Report on vaccination in Madras 1904-1921 - 1904-1921
Year: 1904
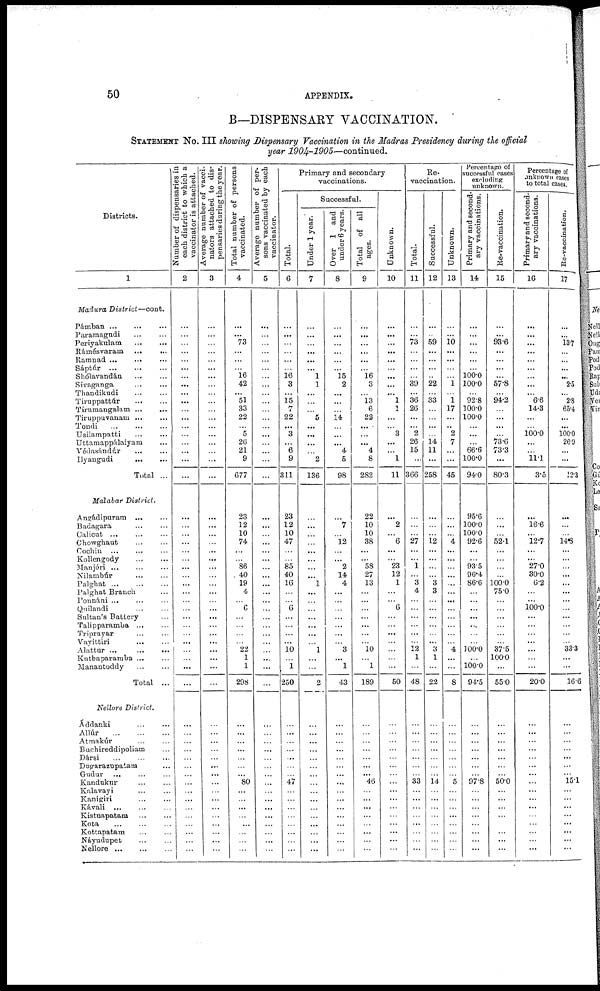
50
APPENDIX.
B—DISPENSARY VACCINATION.
STATEMENT NO. III showing Dispensary Vaccination in the Madras Presidency during the official
year 1904-1905—continued.
Districts.
1
Madura District—cont.
Pámban
...
...
...
Paramagudi ... ...
Periyakulam
...
...
Rámésvaram ... ...
Ramnad ...
... ...
Sáptúr
...
...
...
Shólavandán ... ...
Sivaganga ... ...
Thandikudi ... ...
Tiruppattúr
...
...
Tirumangalam ... ...
Tiruppuvanam ... ...
Tondi ... ... ...
Usilampatti ... ...
Uttamappálaiyam ...
Védasándúr
...
...
Hyangudi
...
...
Total ...
Malabar District.
Angádipuram
...
...
Badagara
...
...
Calicut
...
...
...
Chowghaut ... ...
Cochin ... ... ...
Kollengody
...
...
Manjéri
...
...
...
Nilambúr ... ...
Palghat
...
...
...
Palghat Branch ...
Ponnáni ... ... ...
Quilandi ... ...
Sultan's Battery ...
Talipparamba ... ...
Triprayar ... ...
Vayittiri
... ...
Alattur ...
...
...
Kuthaparamba ... ...
Manantoddy
Total ...
Nellore District.
Áddanki
...
...
Allúr
...
...
...
Atmakúr ... ...
Buchireddipoliam ...
Dársi ... ... ...
Dugarazupatam ...
Gudur ... ... ...
Kandukur
...
...
Kalavayi ... ...
Kanigiri
Kávali
...
...
...
Kistnapatam
...
...
Kota
...
...
...
Kottapatam
...
...
Náyudupet
...
...
Nellore
...
...
...
Number of dispensaries in
each district to which a
vaccinator is attached.
2
...
...
...
...
...
...
...
...
...
...
...
...
...
...
...
...
...
...
...
...
...
...
...
...
...
...
...
...
...
...
...
...
...
...
...
...
...
...
...
...
...
...
...
...
...
...
...
...
...
...
...
...
...
...
Average number of vacci-
nators attached to dis-
pensaries during the year.
3
...
...
...
...
...
...
...
...
...
...
...
...
...
...
...
...
...
...
...
...
...
...
...
...
...
...
...
...
...
...
...
...
...
...
...
...
...
...
...
...
...
...
...
...
...
...
...
...
...
...
...
...
...
...
Total number of persons
vaccinated.
4
...
...
73
...
...
...
16
42
...
51
33
22
...
5
26
21
9
677
23
12
10
74
...
...
86
40
19
4
...
6
...
...
...
...
22
1
1
298
...
...
...
...
...
...
...
80
...
...
...
...
...
...
...
...
Average number of per-
sons vaccinated by each
vaccinator.
5
...
...
...
...
...
...
...
...
...
...
...
...
...
...
...
...
...
...
...
...
...
...
...
...
...
...
...
...
...
...
...
...
...
...
...
...
...
...
...
...
...
...
...
...
...
...
...
...
...
...
...
...
...
...
Total.
6
...
...
...
...
...
...
16
3
...
15
7
22
...
3
...
6
9
311
23
12
10
47
...
...
85
40
16
...
...
6
...
...
...
...
10
1
250
...
...
...
...
...
...
...
47
...
...
...
...
...
...
...
...
Primary and secondary
vaccinations.
Successful.
Under 1 year.
7
...
...
...
...
...
...
1
1
...
...
...
5
...
...
...
...
2
136
...
...
...
...
...
...
...
...
1
...
...
...
...
...
...
...
1
...
...
2
...
...
...
...
...
...
...
...
...
...
...
...
...
...
...
...
Over 1 and
under 6 years.
8
...
...
...
...
...
...
15
2
...
...
...
14
...
...
...
4
5
98
...
7
...
12
...
...
2
14
4
...
...
...
...
...
...
...
3
...
1
43
...
...
...
...
...
...
...
...
...
...
...
...
...
...
...
...
Total of all
ages.
9
...
...
...
...
...
...
16
3
...
13
6
22
...
...
...
4
8
282
22
10
10
38
...
...
58
27
13
...
...
...
...
...
...
...
10
...
1
189
...
...
...
...
...
...
...
46
...
...
...
...
...
...
...
...
Unknown.
10
...
...
...
...
...
...
...
...
...
1
1
...
... 3
...
...
1
11
...
2
...
6
...
...
23
12
1
...
...
6
...
...
...
...
...
...
...
50
...
...
...
...
...
...
...
...
...
...
...
...
...
...
...
...
Re¬
vaccination.
Total.
11
...
...
73
...
...
...
...
39
...
36
26
...
...
2
26
15
...
366
...
...
...
27
...
...
1
...
3
4
...
...
...
...
...
...
12
1
...
48
...
...
...
...
...
...
...
33
...
...
...
...
...
...
...
...
Successful.
12
...
...
59
...
...
...
...
22
...
33
...
...
...
...
14
11
...
258
...
...
...
12
...
...
...
...
3
3
...
...
...
...
...
...
3
1
...
22
...
...
...
...
...
...
...
14
...
...
...
...
...
...
...
...
Unknown.
13
...
...
10 ...
...
...
...
1
...
1
17
...
..
2
7
...
...
45
...
...
...
4
...
...
...
...
...
...
...
...
...
...
...
...
4
...
...
8
...
...
...
...
...
...
...
5
...
...
...
...
...
...
...
...
Percentage of
successful cases
excluding
unknown.
Primary and second-
ary vaccinations.
14
...
...
...
...
...
...
100.0
100.0
...
92.8
100.0
100.0
...
...
...
66.6
100.0
94.0
95.6
100.0
100.0
92.6
...
...
93.5
96.4
86.6
...
...
...
...
...
...
...
100.0
...
100.0
94.5
...
...
...
...
...
...
...
97.8
...
...
...
...
...
...
...
...
Re-vaccination.
15
...
...
93.6
...
...
...
...
57.8
...
94.2
...
...
...
...
73.6
73.3
...
80.3
...
...
...
52.1
...
...
...
...
100.0
75.0
...
...
...
...
...
...
37.5
100.0
...
55.0
...
...
...
...
...
...
...
50.0
...
...
...
...
...
...
...
...
Percentage of
unknown cases
to total cases.
Primary and second-
ary vaccinations.
16
...
...
...
...
...
...
...
...
...
6.6
14.3
...
... 100.0
...
...
11.1
3.5
...
16.6
...
12.7
...
...
27.0
30.0
6.2
...
...
100.0
...
...
...
...
...
...
...
20.0
...
...
...
...
...
...
...
...
...
...
...
...
...
...
...
...
Re-vaccination.
17
...
...
13.7
...
...
...
...
2.5
...
2.8
65.4
...
...
100.0
26.9
...
...
12.3
...
...
...
14.8
...
...
...
...
...
...
...
...
...
...
...
...
33.3
...
...
16.6
...
...
...
...
...
...
...
15.1
...
...
...
...
...
...
...
...